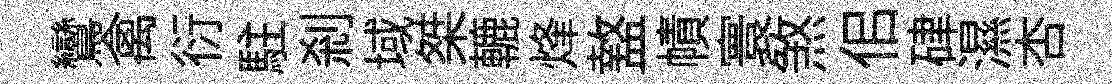
鸞禽衍駐剎域桀轆烽盩幘寰煞佀硉濕杏